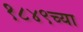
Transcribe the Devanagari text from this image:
१८४९च्या